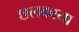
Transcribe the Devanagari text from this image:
छलकाया